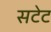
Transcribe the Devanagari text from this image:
सटेट